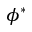
\phi ^ { * }